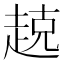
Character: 𫎵